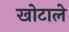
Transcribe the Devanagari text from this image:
खोटाले